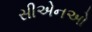
સીએનઓ